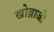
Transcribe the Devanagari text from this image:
खोब्राजी